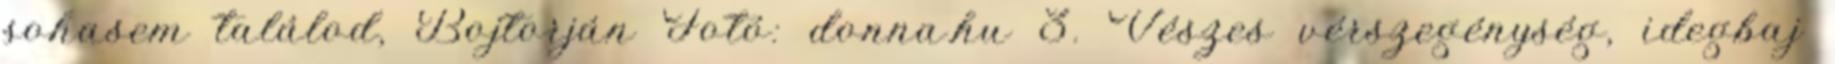
sohasem találod, Bojtorján Fotó: donna.hu 3. Vészes vérszegénység, idegbaj